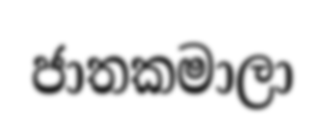
ජාතකමාලා